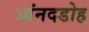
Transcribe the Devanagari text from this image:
आंनदडोह